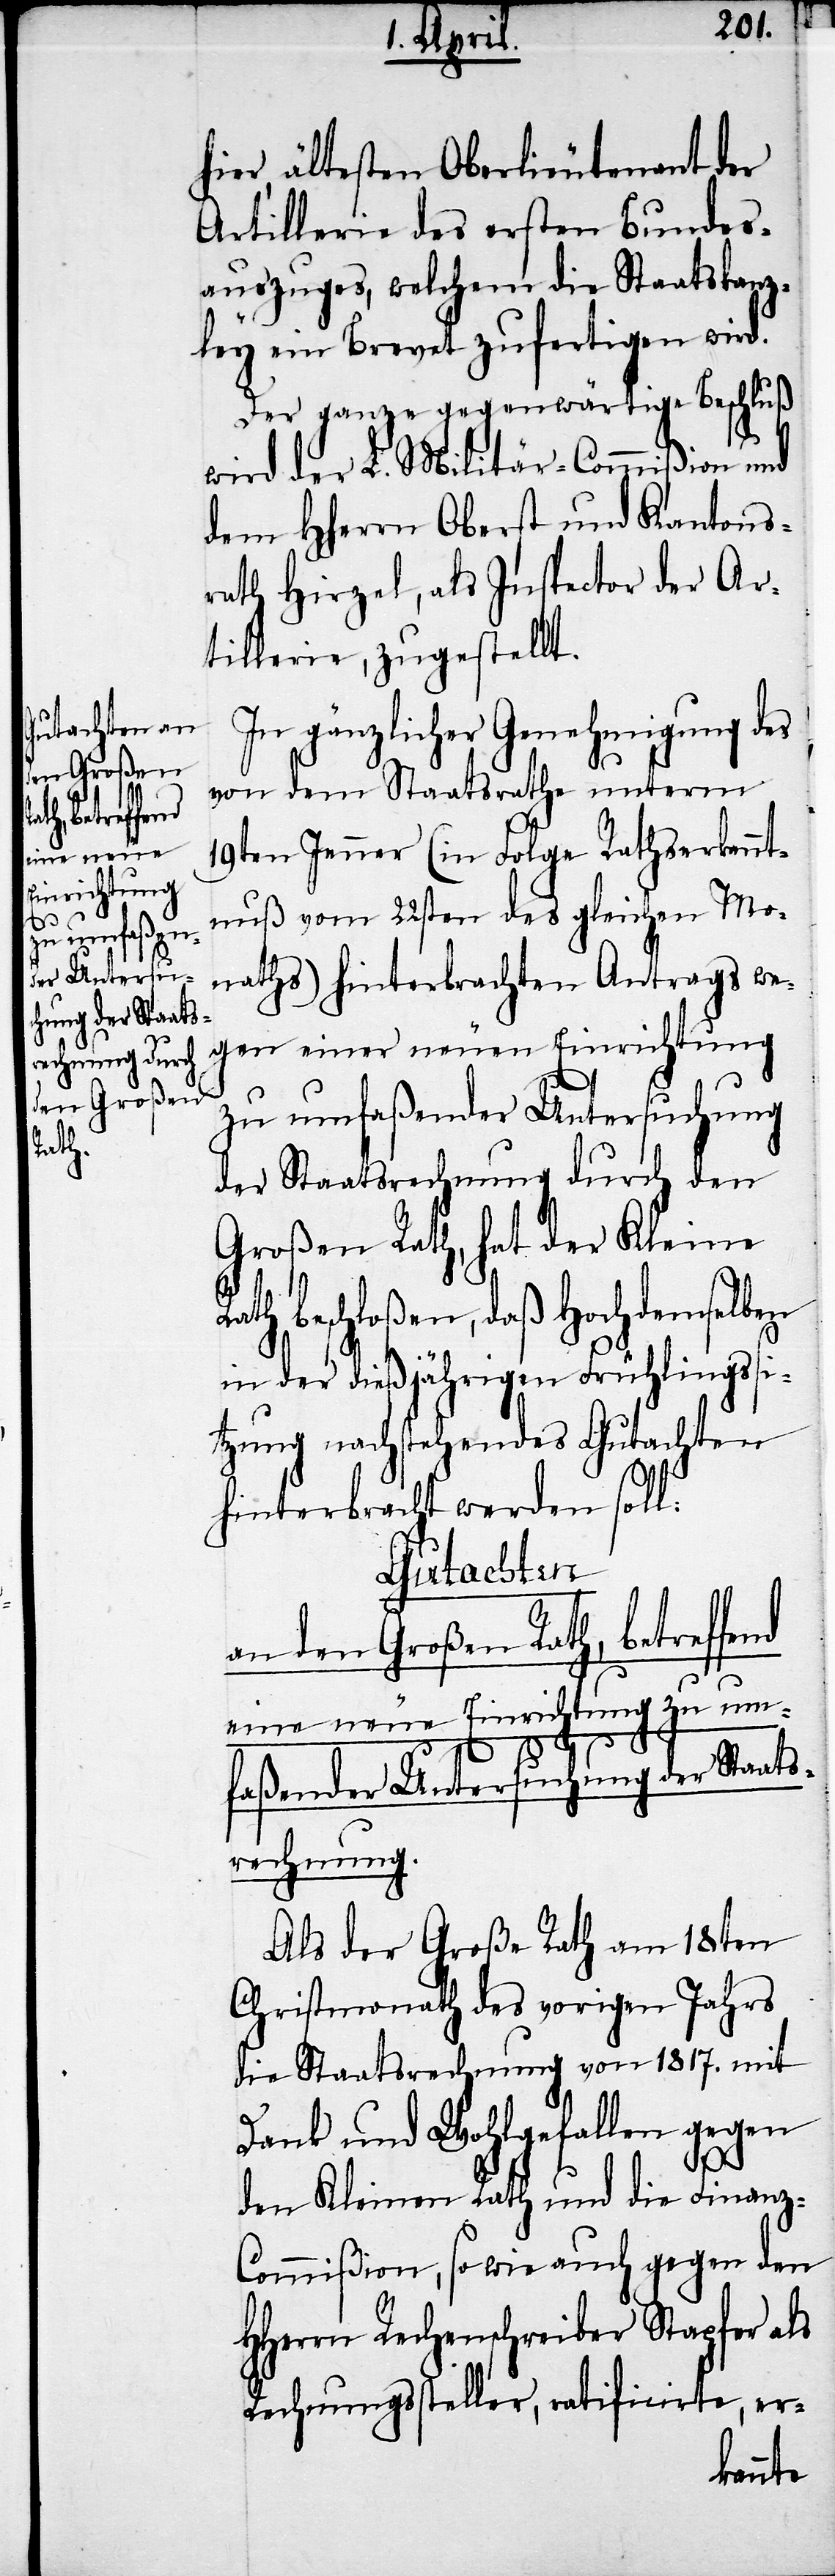
eine neue
Einrichtung
zu umfaßen¬
der Untersuc¬
hung der Staats¬

hier, ältesten Oberlieutenant der
Artillerie des ersten Bundes¬
auszuges, welchem die Staatskanz¬
ley ein Brevet zufertigen wird.
Der ganze gegenwärtige Beschluß
wird der L. Militär-Commißion und
dem HHerrn Oberst und Kantons¬
rath Hirzel, als Inspector der Ar¬
tillerie, zugestellt.
In gänzlicher Genehmigung des
von dem Staatsrathe unterm
19ten Jenner (in Folge Rathserkennt¬
nuß vom 22sten des gleichen Mo¬
naths) hinterbrachten Antrags we¬
gen einer neuen Einrichtung
zu umfaßender Untersuchung
der Staatsrechnung durch den
Großen Rath, hat der Kleine
Rath beschloßen, daß Hochdemselben
in der dießjährigen Frühlingssi¬
tzung nachstehendes Gutachten
hinterbracht werden soll:
Gutachten
an den Große Rath, betreffend
rechnung.
Als der Große Rath am 18ten
Christmonath des vorigen Jahrs
die Staatsrechnung von 1817. mit
Dank und Wohlgefallen gegen
den Kleinen Rath und die Finanz-C¬
ommißion, so wie auch gegen den
HHerrn Rechenschreiber Stapfer als
Rechnungssteller, ratificirte, er-